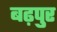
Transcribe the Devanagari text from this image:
बढ़पुर